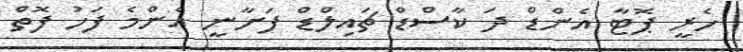
ހެރީ ޕޮޓާ އެންޑް ދަ ކާސްޑް ޗައިލްޑް ފަށާނީ އެންމެ ފަހު ފޮތް